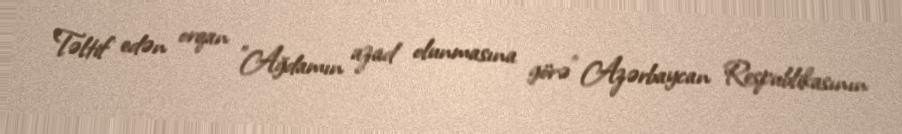
Təltif edən orqan "Ağdamın azad olunmasına görə" Azərbaycan Respublikasının